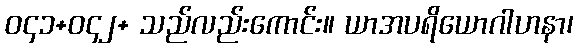
ဝ၄၁+ဝ၄၂+ သည်လည်းကောင်း။ ယာအပရိယောဂါဟနာ၊